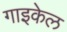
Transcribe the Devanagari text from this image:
गाइकेल